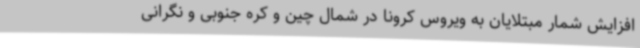
افزایش شمار مبتلایان به ویروس کرونا در شمال چین و کره جنوبی و نگرانی‌